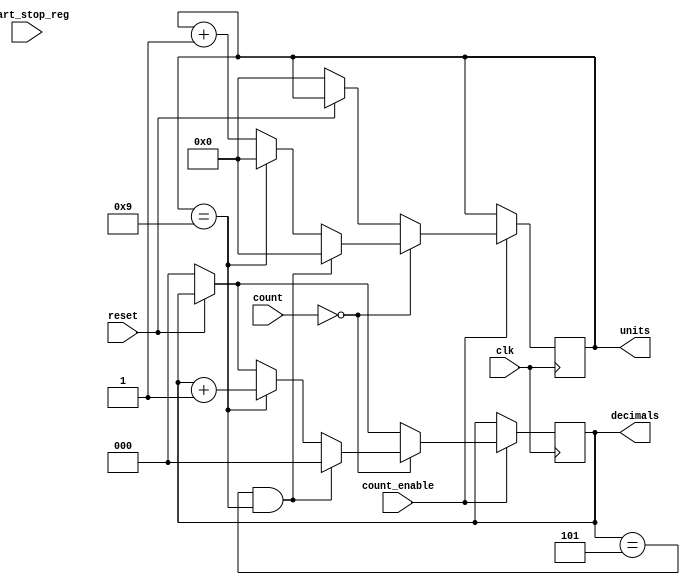

module BCD_counter(clk,reset,decimals,units,start_stop_reg,count,count_enable);

//INPUTS:
input start_stop_reg;
input clk;
input reset;
input count_enable;
input wire [23:0] count;
//start_stop_reg - WIRE FROM (FLIP-FLOP THAT KEEPS STATE OF START/STOP) TO (BCD COUNTER)
//clk - WIRE FROM (PLL OUTPUT) TO (BCD COUNTER)
//reset - WIRE FROM (PUSH-BUTTON INPUT) TO (BCD COUNTER)
//count - BUS OF WIRES FROM (FREQ_DIVIDER) TO (BCD_COUNTER)

//OUTPUTS:
output reg  [2:0] decimals;
output reg [3:0] units;
//decimals - REGISTER THAT STORES NUMBER OF DECIMALS
//units -  REGISTER THAT STRORES NUMBER OF UNITS


//////////////////////////////BCD COUNTER////////////////////////////////////////////////////////////////////////
always @(posedge(clk))
		begin
		if(count_enable)
		begin
/////////RESET
			if(reset == 0)
				begin
					decimals <= 0;
					units <= 0;
				end
/////////START/STOP
			
///////////////WHEN ONE SECOND PASSES THE COUNT REGISTER HAS VALUE 0
					if (count == 0)
/////////////////////RESET COUNTER AFTER VALUE 59
							if (decimals == 3'b101 && units == 4'b1001)
								begin
									decimals <= 0;
									units <= 0;
								end
/////////////////////IF UNITS HAS VALUE 9, RESET UNITS AND ADD 1 TO DECIMALS
							else if (units == 4'b1001)
								begin
									units <= 0;
									decimals <= decimals + 1;
								end
/////////////////////ELSE ADD 1 TO UNITS
							else
								begin
									units <= units + 1;
								end
					end	
				end
endmodule
////////////////////////////////////////////////////////////////////////////////////////////////////////////////